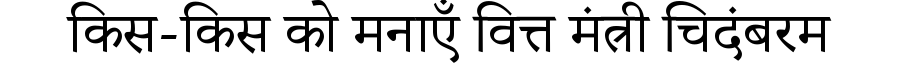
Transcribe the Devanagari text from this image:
किस-किस को मनाएँ वित्त मंत्री चिदंबरम